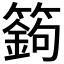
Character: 𥴴